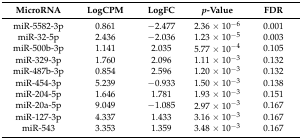
<table><thead><tr><td><b>MicroRNA</b></td><td><b>LogCPM</b></td><td><b>LogFC</b></td><td><b><i>p</i>-Value</b></td><td><b>FDR</b></td></tr></thead><tbody><tr><td>miR-5582-3p</td><td>0.861</td><td>−2.477</td><td>2.36 × 10<sup>−6</sup></td><td>0.001</td></tr><tr><td>miR-32-5p</td><td>2.436</td><td>−2.036</td><td>1.23 × 10<sup>−5</sup></td><td>0.003</td></tr><tr><td>miR-500b-3p</td><td>1.141</td><td>2.035</td><td>5.77 × 10<sup>−4</sup></td><td>0.105</td></tr><tr><td>miR-329-3p</td><td>1.760</td><td>2.096</td><td>1.11 × 10<sup>−3</sup></td><td>0.132</td></tr><tr><td>miR-487b-3p</td><td>0.854</td><td>2.596</td><td>1.20 × 10<sup>−3</sup></td><td>0.132</td></tr><tr><td>miR-454-3p</td><td>5.239</td><td>−0.933</td><td>1.50 × 10<sup>−3</sup></td><td>0.138</td></tr><tr><td>miR-204-5p</td><td>1.646</td><td>1.781</td><td>1.93 × 10<sup>−3</sup></td><td>0.151</td></tr><tr><td>miR-20a-5p</td><td>9.049</td><td>−1.085</td><td>2.97 × 10<sup>−3</sup></td><td>0.167</td></tr><tr><td>miR-127-3p</td><td>4.337</td><td>1.433</td><td>3.16 × 10<sup>−3</sup></td><td>0.167</td></tr><tr><td>miR-543</td><td>3.353</td><td>1.359</td><td>3.48 × 10<sup>−3</sup></td><td>0.167</td></tr></tbody></table>